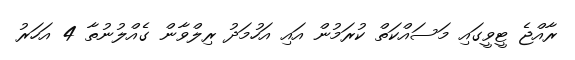
ރާއްޖެ ޓީވީގައި މަސައްކަތް ކުރަމުން އައި އަހުމަދު ރިލްވާން ގެއްލުނުތާ 4 އަހަރު